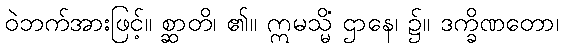
ဝဲဘက်အားဖြင့်။ စ္ဆာတိ၊ ၏။ ဣမသ္မိံ ဌာနေ၊ ၌။ ဒက္ခိဏတော၊